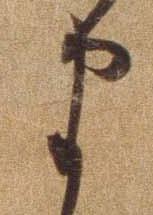
ま